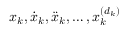
x _ { k } , \dot { x } _ { k } , \ddot { x } _ { k } , \hdots , x _ { k } ^ { ( d _ { k } ) }